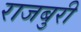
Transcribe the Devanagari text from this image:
राजबुरी